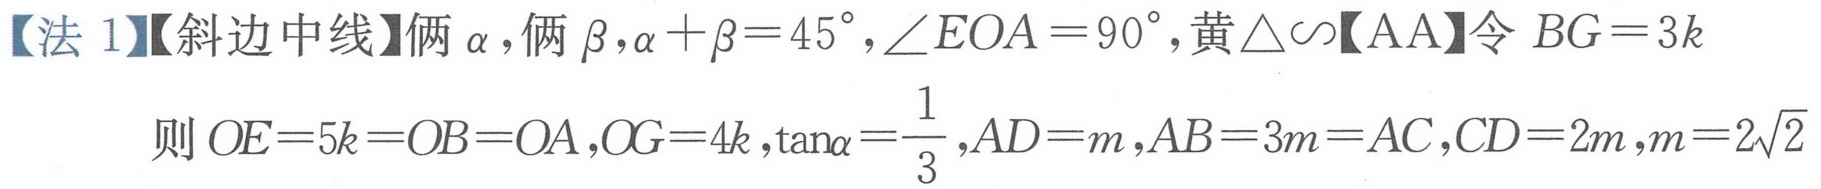
【法 1】【斜边中线】俩\(\alpha\)，俩\(\beta\)，\(\alpha+\beta = 45^{\circ}\)，\(\angle EOA = 90^{\circ}\)，黄\(\triangle\sim\)【AA】令\(BG = 3k\)
则\(OE = 5k = OB = OA\)，\(OG = 4k\)，\(\tan\alpha=\frac{1}{3}\)，\(AD = m\)，\(AB = 3m = AC\)，\(CD = 2m\)，\(m = 2\sqrt{2}\)